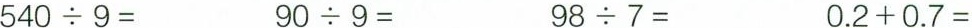
$$5 4 0 \div 9 =$$ $$9 0 \div 9 =$$ $$ 9 8 \div 7 =$$ $$0 . 2 + 0 . 7 =$$